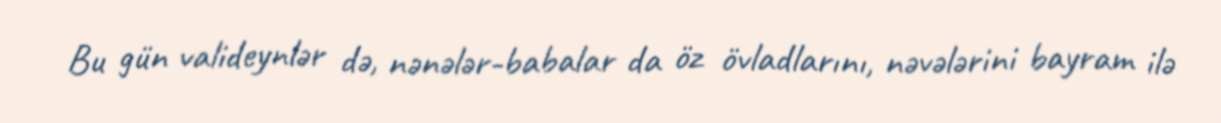
Bu gün valideynlər də, nənələr-babalar da öz övladlarını, nəvələrini bayram ilə